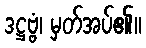
ဒဋ္ဌဗ္ဗံ၊ မှတ်အပ်၏။